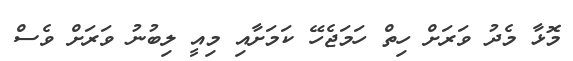
މޮޅާ މެދު ވަރަށް ހިތް ހަމަޖެހޭ ކަމަށާއި މިއީ ލިބުނު ވަރަށް ވެސް